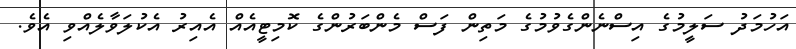
އަހުމަދު ސަލީމުގެ އިސްނެންގެވުމުގެ މަތިން ފަސް މެންބަރުންގެ ކޮމިޓީއެއް އެއިރު އެކުލަވާލެއްވި އެވެ.